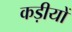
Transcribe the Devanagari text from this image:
कड़ीयों